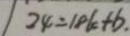
2 4 = 1 8 k + b .